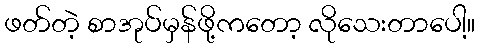
ဖတ်တဲ့ စာအုပ်မှန်ဖို့ကတော့ လိုသေးတာပေါ့။